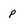
Character: p